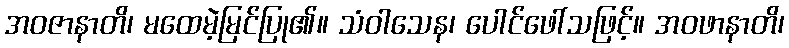
အဝဇာနာတိ၊ မထေမဲ့မြင်ပြု၏။ သံဝါသေန၊ ပေါင်ဖေါ်သဖြင့်။ အဝဖာနာတိ၊